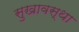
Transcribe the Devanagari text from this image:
सुखावस्था